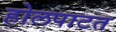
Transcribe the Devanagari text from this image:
होलपाटत